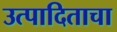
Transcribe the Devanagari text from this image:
उत्पादिताचा